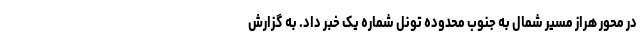
در محور هراز مسیر شمال به جنوب محدوده تونل شماره یک خبر داد. به گزارش